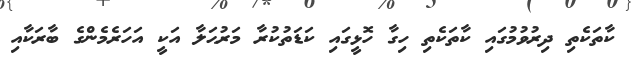
ކާތަކެތި ދިރުވުމުގައި ކާތަކެތި ހިގާ ހޮޅީގައި ކަޑަތުކުރާ މަރުޙަލާ އަކީ އަހަރެމެންގެ ބާރަކާއި